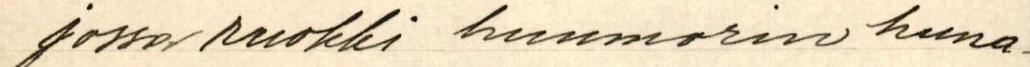
jossa ruokki huumorin huna-